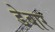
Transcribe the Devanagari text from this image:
डेबार